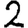
Digit: 2